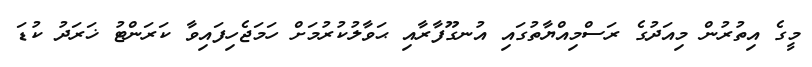
މީގެ އިތުރުން މިއަދުގެ ރަސްމިއްޔާތުގައި އުނގޫފާރާއި ޙަވާލުކުރުމަށް ހަމަޖެހިފައިވާ ކަރަންޓު ޚަރަދު ކުޑަ